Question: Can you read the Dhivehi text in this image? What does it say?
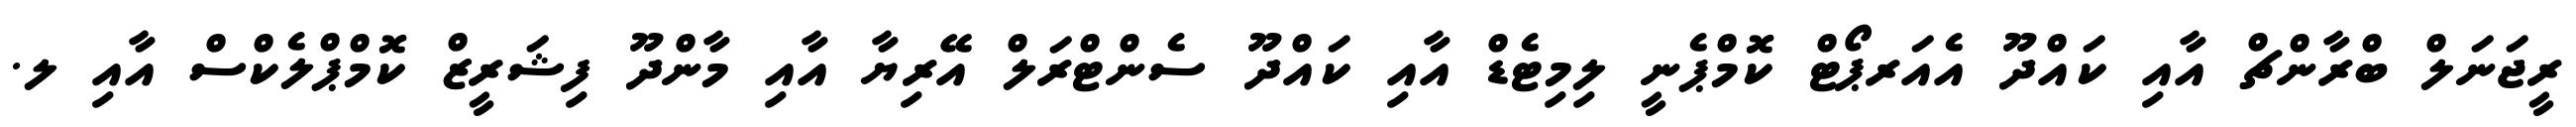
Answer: ރީޖަނަލް ބްރާންޗް އާއި ކައްދޫ އެއަރޕޯޓް ކޮމްޕެނީ ލިމިޓެޑް އާއި ކައްދޫ ސެންޓްރަލް އޭރިޔާ އާއި މާންދޫ ފިޝަރީޒް ކޮމްޕްލެކްސް އާއި ލ.